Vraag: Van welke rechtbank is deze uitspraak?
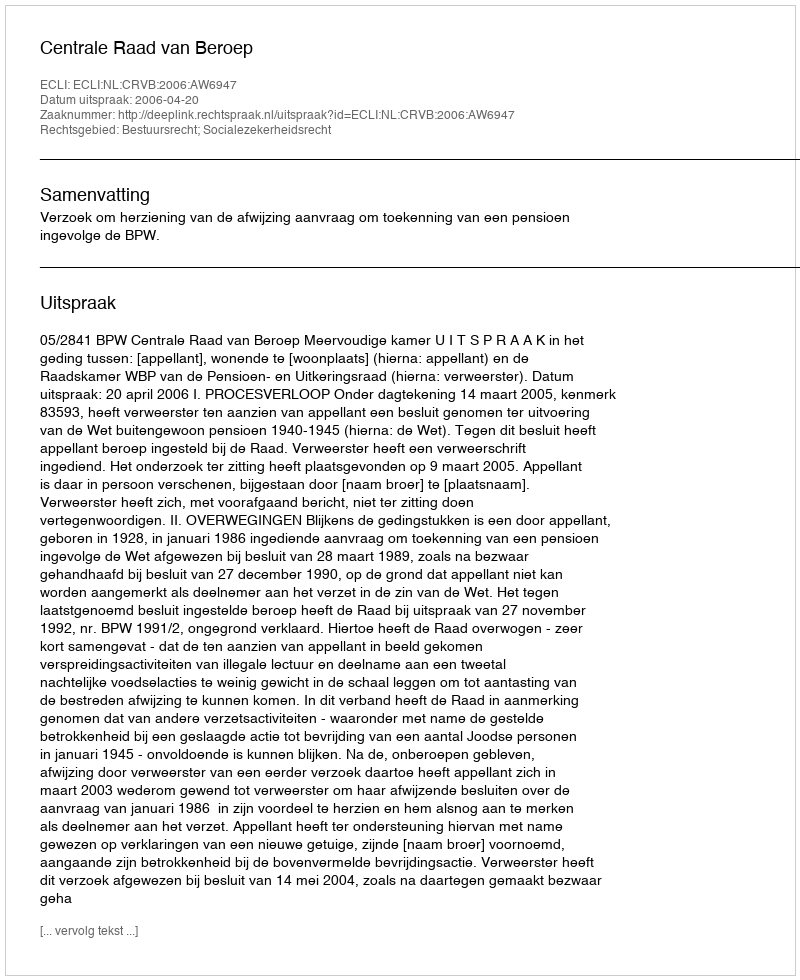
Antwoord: Centrale Raad van Beroep